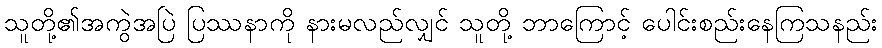
သူတို့၏အကွဲအပြဲ ပြဿနာကို နားမလည်လျှင် သူတို့ ဘာကြောင့် ပေါင်းစည်းနေကြသနည်း